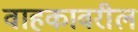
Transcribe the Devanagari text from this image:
वाहकावरील